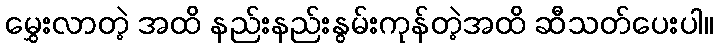
မွှေးလာတဲ့ အထိ နည်းနည်းနွမ်းကုန်တဲ့အထိ ဆီသတ်ပေးပါ။